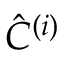
\hat { C } ^ { \left( i \right) }